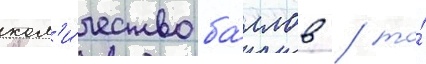
кол'и́чество ба́ллов / то́